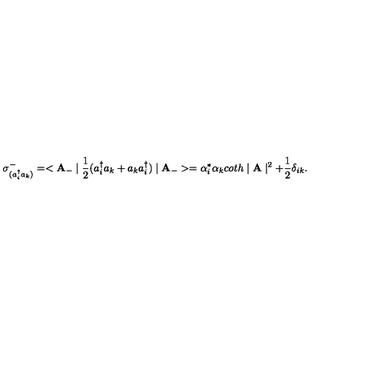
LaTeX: \sigma _ { ( a _ { i } ^ { \dag } a _ { k } ) } ^ { - } = < { \bf A } _ { - } \mid \frac { 1 } { 2 } ( a _ { i } ^ { \dag } a _ { k } + a _ { k } a _ { i } ^ { \dag } ) \mid { \bf A _ { - } } > = \alpha _ { i } ^ { * } \alpha _ { k } c o t h \mid { \bf A } \mid ^ { 2 } + \frac { 1 } { 2 } \delta _ { i k } . \nonumber \,